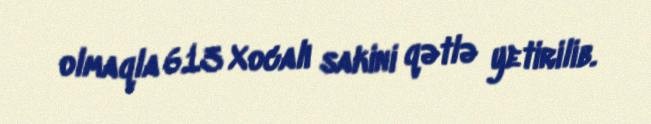
olmaqla 613 Xocalı sakini qətlə yetirilib.